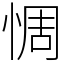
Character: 惆